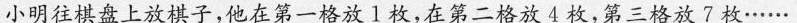
小明往棋盘上放棋子，他在第一格放1枚，在第二格放4枚，第三格放7枚……